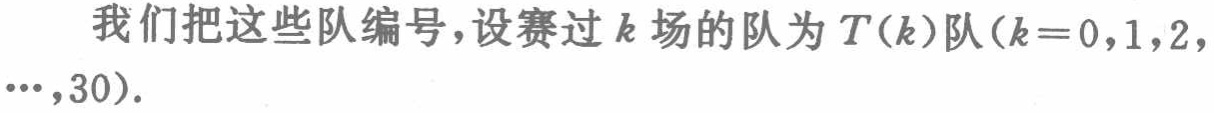
我们把这些队编号，设赛过\(k\)场的队为\(T(k)\)队\((k = 0,1,2,\cdots,30)\)。